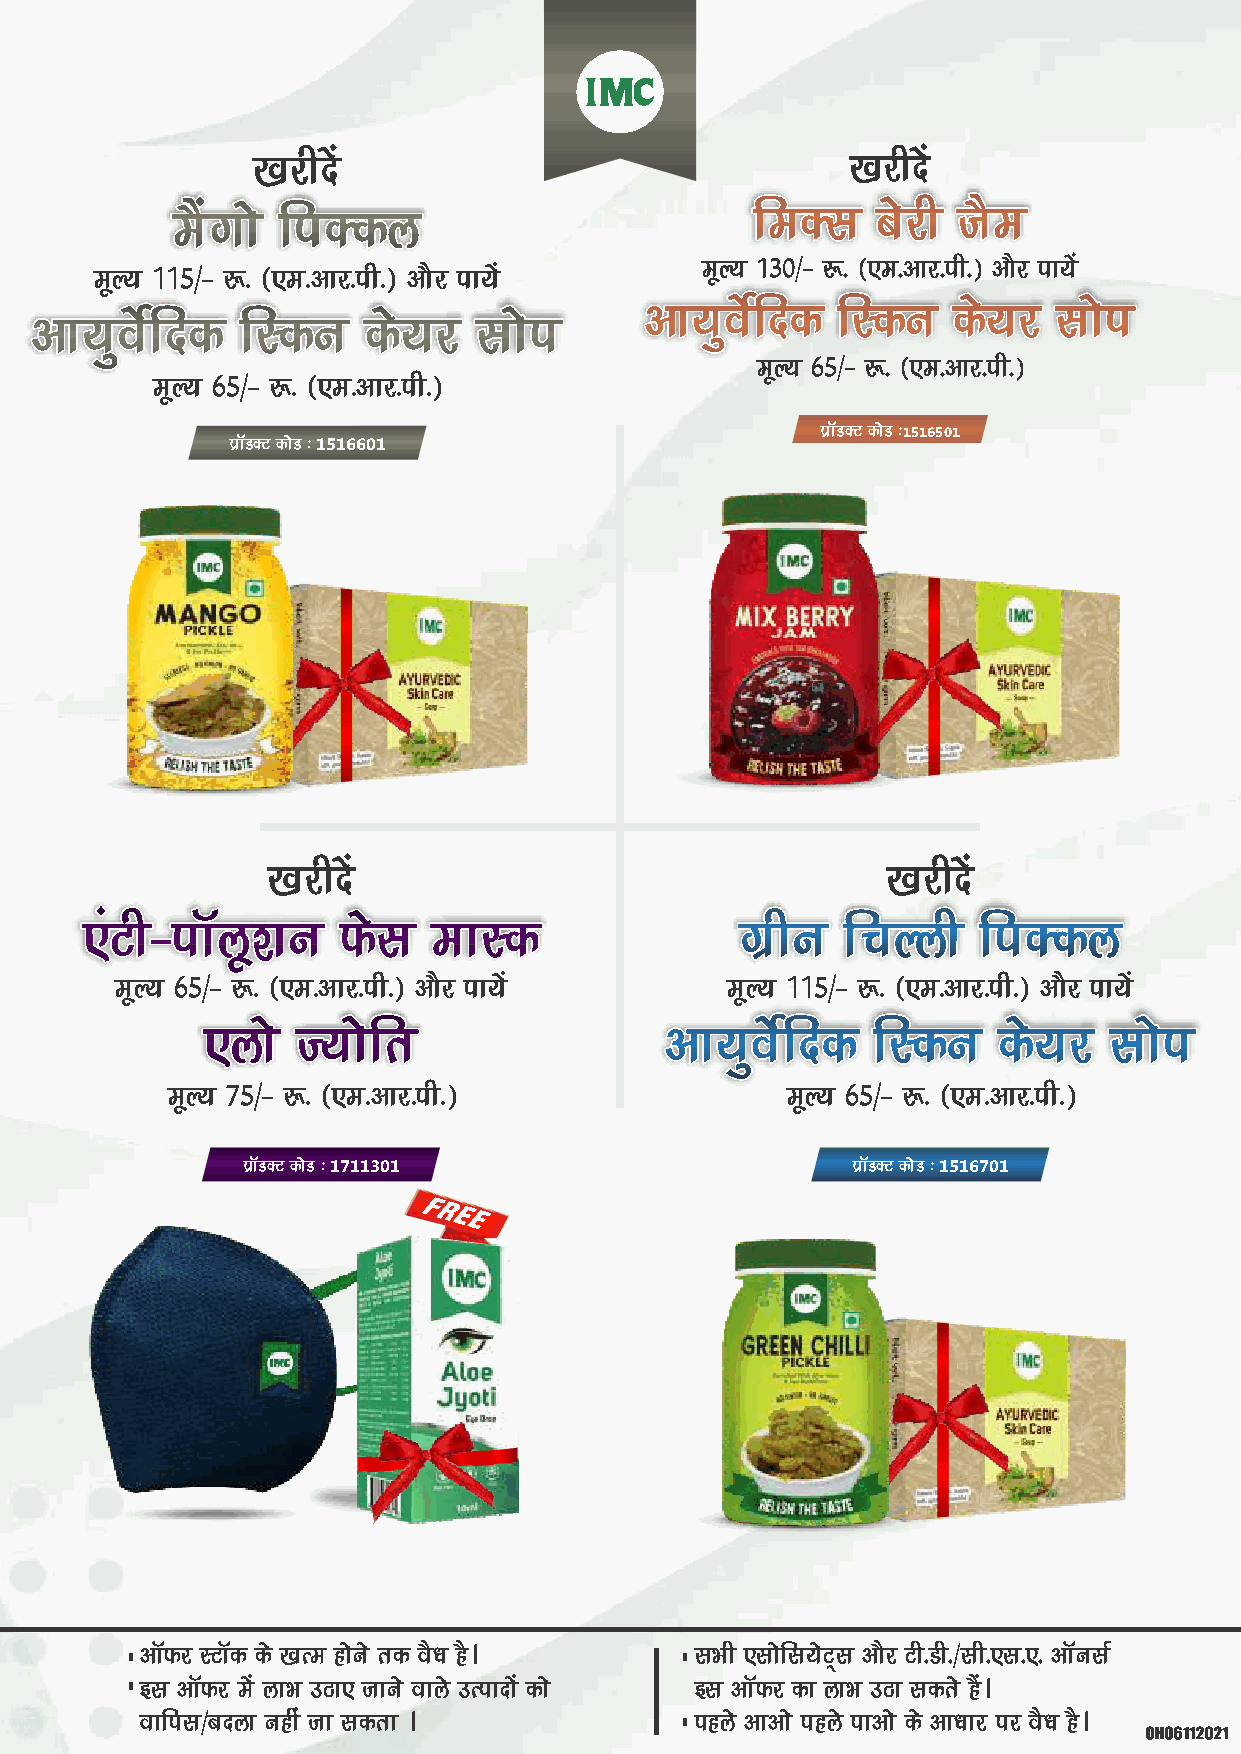
[[[kkkjjjhhhnnnsssaaa                  [[[kkkjjjhhhnnnsssaaa
 eeeSSSaaaxxxkkksss fffiiiDDDdddyyy     fffeeeDDDlll cccsssjjjhhh tttSSSeee
 ewY; 130@& :- ¼,e-vkj-ih-½ vkSj ik;sa
 ewY; 115@& :- ¼,e-vkj-ih-½ vkSj ik;sa
 vvvkkk;;;qqqooosssZZZfffnnnddd fffLLLddduuu dddsss;;;jjj lllkkksssiii
 vvvkkk;;;qqqooosssZZZfffnnnddd fffLLLddduuu dddsss;;;jjj lllkkksssiii
 ewY; 65@& :- ¼,e-vkj-ih-½
 ewY; 65@& :- ¼,e-vkj-ih-½
 çkWMDV dksM %
 çkWMDV dksM % 1516601                        1516501
 [[[kkkjjjhhhnnnsssaaa                    [[[kkkjjjhhhnnnsssaaa
 ,,,aaaVVVhhh&&&iiikkkWWWyyywww'''kkkuuu QQQssslll eeekkkLLLddd xxxzzzhhhuuu fffpppYYYyyyhhh fffiiiDDDdddyyy
 ewY; 65@& :- ¼,e-vkj-ih-½ vkSj ik;sa    ewY; 115@& :- ¼,e-vkj-ih-½ vkSj ik;sa
 ,,,yyykkksss TTT;;;kkksssfffrrr vvvkkk;;;qqqooosssZZZfffnnnddd fffLLLddduuu dddsss;;;jjj lllkkksssiii
 ewY; 75@& :- ¼,e-vkj-ih-½                ewY; 65@& :- ¼,e-vkj-ih-½
 çkWMDV dksM % 1711301                   çkWMDV dksM % 1516701
 vkWQj LVkWd ds [kRe gksus rd oS/k gSA lHkh ,lksfl;sV~l vkSj Vh-Mh-@lh-,l-,- vkWulZ
 bl vkWQj esa ykHk mBk, tkus okys mRiknksa dks bl vkWQj dk ykHk mBk ldrs gSaA
 okfil@cnyk ugha tk ldrk A            igys vkvks igys ikvks ds vk/kkj ij oS/k gSA